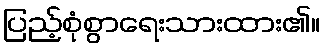
ပြည့်စုံစွာရေးသားထား၏။